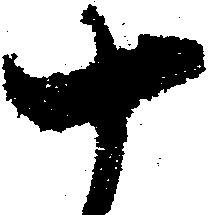
十